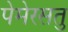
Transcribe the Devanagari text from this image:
पेमेरसतु